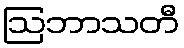
ဩဘာသတီ